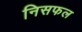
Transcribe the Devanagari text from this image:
निसफल